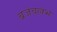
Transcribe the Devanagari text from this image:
ब्रजवल्लभ